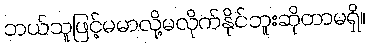
ဘယ်သူဖြင့်မမာလို့မလိုက်နိုင်ဘူးဆိုတာမရှိ။